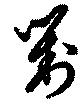
対